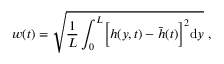
w ( t ) = \sqrt { \frac { 1 } { L } \int _ { 0 } ^ { L } \Bigl [ h ( y , t ) - \bar { h } ( t ) \Bigl ] ^ { 2 } \mathrm { d } y } \ ,